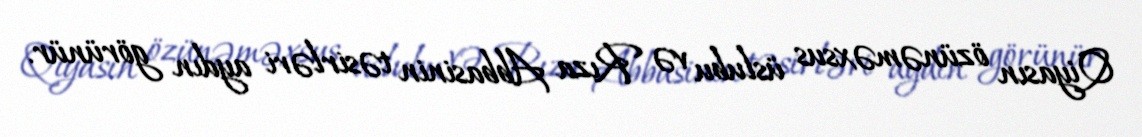
Qiyasın özünəməxsus üslubu və Rıza Abbasinin təsirləri aydın görünür.